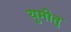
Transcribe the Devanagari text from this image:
युमीतु